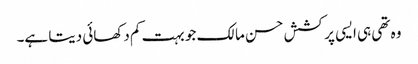
وہ تھی ہی ایسی پرکشش حسن مالک جو بہت کم دکھائی دیتا ہے۔